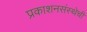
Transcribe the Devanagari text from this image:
प्रकाशनसंस्थेची